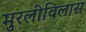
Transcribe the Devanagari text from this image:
मुरलीविलास